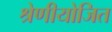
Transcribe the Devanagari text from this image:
श्रेणीयोजित